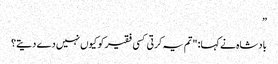
”
بادشاہ نے کہا: "تم یہ کرتی کسی فقیر کو کیوں نہیں دے دیتے؟